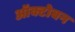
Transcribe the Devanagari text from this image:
ऑक्टोबन